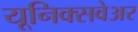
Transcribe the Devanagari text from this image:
यूनिक्सवेअर